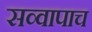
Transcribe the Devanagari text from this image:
सव्वापाच